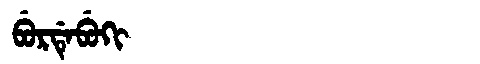
Manchu: ᠪᡠᡵᡩᡝᠪᡠᡴᡳ
Romanization: BURDEBUKI